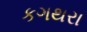
કગથરા